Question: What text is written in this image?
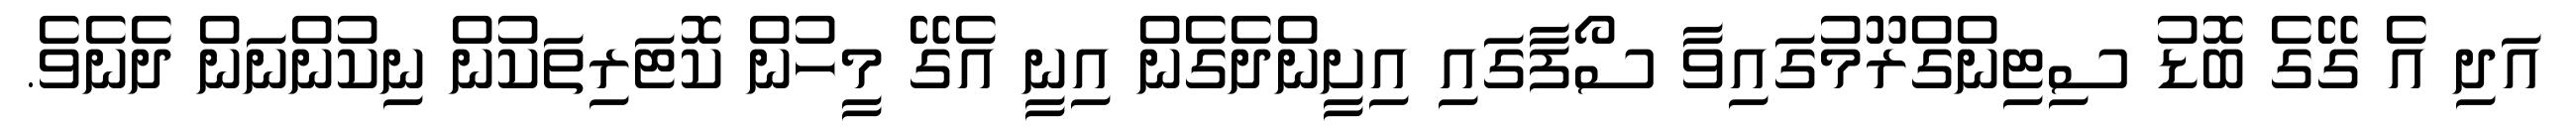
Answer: އަދި އެ ގޭގެ ބޮޑު ސިޓިންގްރޫމުގައިވާ ސޯފާގައި އިށީންދެގެން އިނީ އެގޭ މީހުން ކޮޓަރިތަކުން ނިކުންނަން ދެނެވެ.